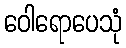
ဝေါရောပေသုံ